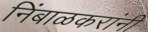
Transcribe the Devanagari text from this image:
निंबाळकरांनी